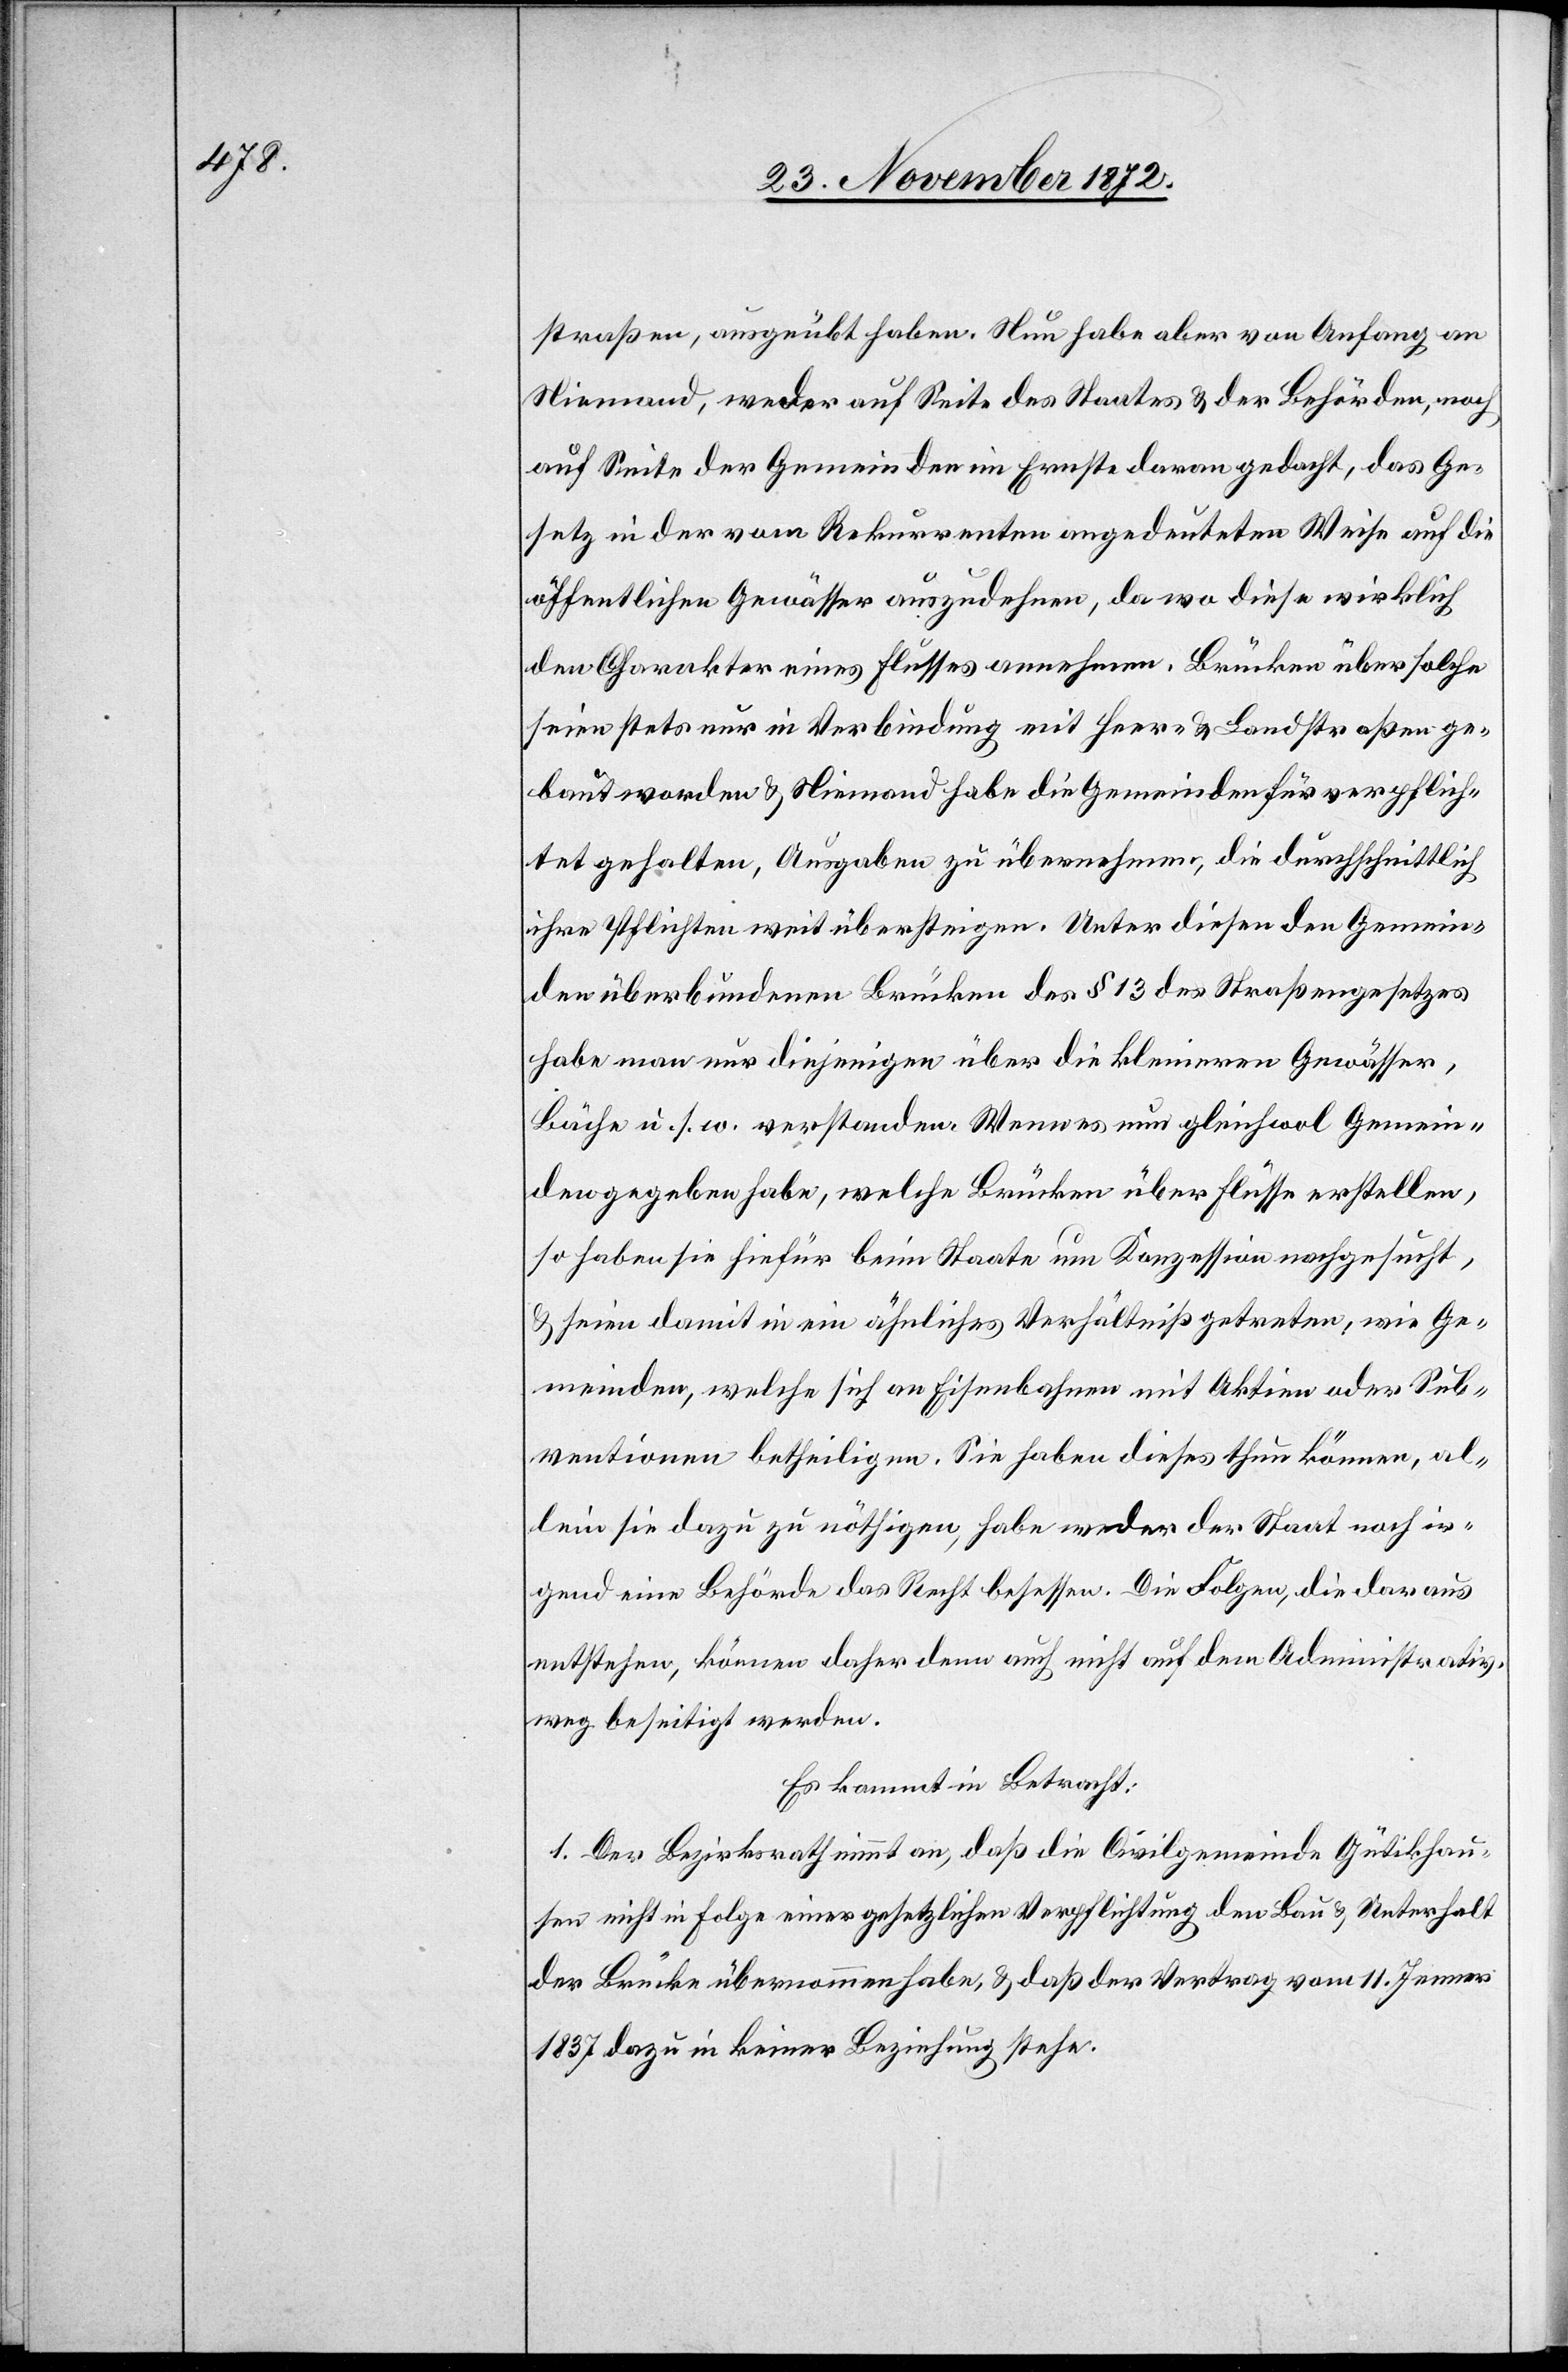
straßen, ausgeübt haben. Nun habe aber von Anfang an
Niemand, weder auf Seite des Staates u. der Behörden, noch
auf Seite der Gemeinden im Ernste daran gedacht, das Ge¬
setz in der vom Rekurrenten angedeuteten Weise auf die
öffentlichen Gewässer auszudehnen, da wo diese wirklich
den Charakter eines Flusses annehmen, Brücken über solche
seien stets nur in Verbindung mit Heer- u. Landstraßen ge¬
baut worden u. Niemand habe die Gemeinden für verpflich¬
tet gehalten, Ausgaben zu übernehmen, die durchschnittlich
ihre Pflichten weit übersteigen. Unter diesen den Gemein¬
den überbundenen Brücken des § 13 des Straßengesetzes
habe man nur diejenigen über die kleineren Gewässer,
Bäche u. s. w. verstanden. Wenn es nun gleichwol Gemein¬
den gegeben habe, welche Brücken über Flüsse erstellen,
so haben sie hiefür beim Staate um Konzession nachgesucht,
u. seien damit in ein ähnliches Verhältniß getreten, wie Ge¬
meinden, welche sich an Eisenbahnen mit Aktien oder Sub¬
ventionen betheiligten. Sie haben dieses thun können, al¬
lein sie dazu zu nöthigen, habe weder der Staat noch ir¬
gend eine Behörde das Recht besessen. Die Folgen, die daraus
entstehen, können daher denn auch nicht auf dem Administrativ¬
weg beseitigt werden.
Es kommt in Betracht:
1. Der Bezirksrath nimmt an, daß die Civilgemeinde Gütikhau¬
sen nicht in Folge einer gesetzlichen Verpflichtung den Bau u. Unterhalt
der Brücke übernommen habe, u. daß der Vertrag vom 11. Jenner
1837 dazu in keiner Beziehung stehe.